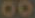
00